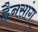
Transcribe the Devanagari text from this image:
ह्वैनसांग